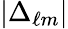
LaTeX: |\Delta_{\ell m}|